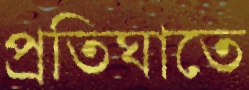
প্রতিঘাতে